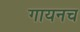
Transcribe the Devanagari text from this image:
गायनच